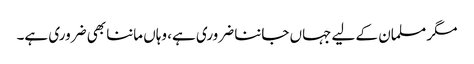
مگر مسلمان کے لیے جہاں جاننا ضروری ہے، وہاں ماننا بھی ضروری ہے۔